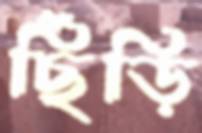
ছিঁড়ি